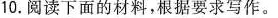
10.阅读下面的材料，根据要求写作。